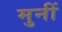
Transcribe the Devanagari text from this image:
मुनीं